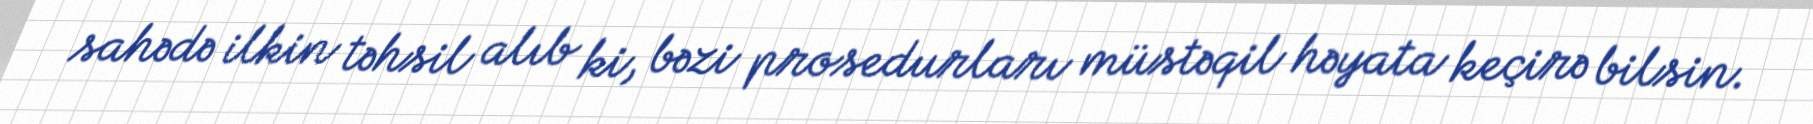
sahədə ilkin təhsil alıb ki, bəzi prosedurları müstəqil həyata keçirə bilsin.